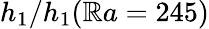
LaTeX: h_{1}/h_{1}(\mathbb{R}a=245)